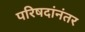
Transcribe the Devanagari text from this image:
परिषदांनंतर